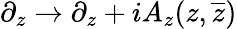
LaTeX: \partial_{z}\rightarrow\partial_{z}+iA_{z}(z,{\overline{{z}}})